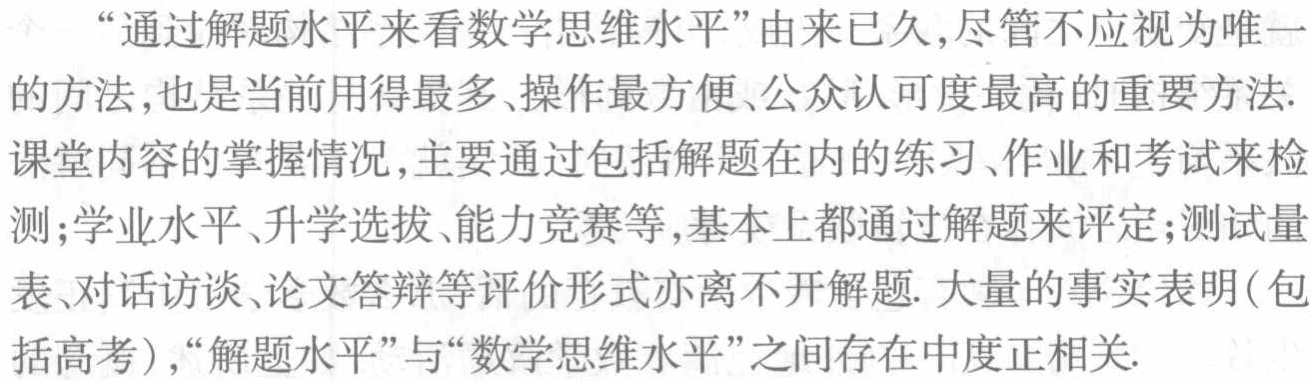
“通过解题水平来看数学思维水平”由来已久,尽管不应视为唯一

的方法,也是当前用得最多、操作最方便、公众认可度最高的重要方法.

课堂内容的掌握情况,主要通过包括解题在内的练习、作业和考试来检

测;学业水平、升学选拔、能力竞赛等,基本上都通过解题来评定;测试量

表、对话访谈、论文答辩等评价形式亦离不开解题. 大量的事实表明(包

括高考),“解题水平”与“数学思维水平”之间存在中度正相关.